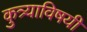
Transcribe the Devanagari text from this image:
कुत्र्याविषयी